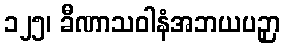
၁၂၅၊ ခီဏာသဝါနံအဘယပဉှာ